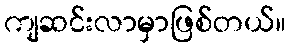
ကျဆင်းလာမှာဖြစ်တယ်။